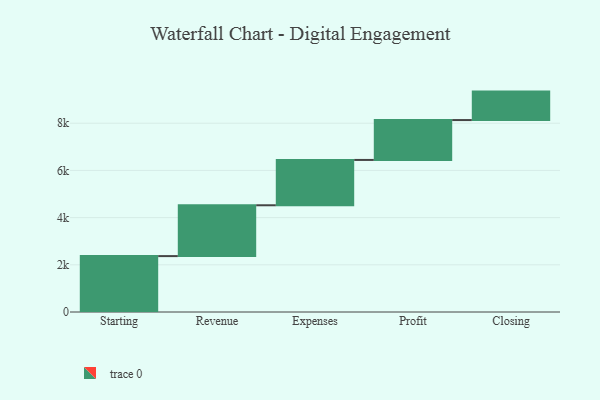
{"axis": {"x": "Step", "y": "Value"}, "legend": [""], "data": [{"x": "Starting", "y": 2369.0, "type": ""}, {"x": "Revenue", "y": 2154.0, "type": ""}, {"x": "Expenses", "y": 1921.0, "type": ""}, {"x": "Profit", "y": 1690.0, "type": ""}, {"x": "Closing", "y": 1206.0, "type": ""}]}